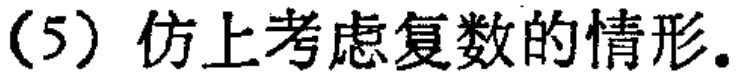
(5) 仿上考虑复数的情形.